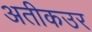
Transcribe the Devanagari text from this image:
अतीकउर